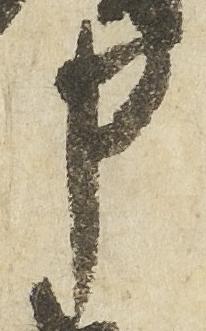
申